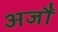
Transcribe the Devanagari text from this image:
अजौं